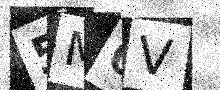
Text: 5M0V